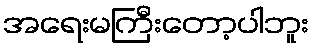
အရေးမကြီးတော့ပါဘူး